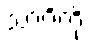
သာဂိကို